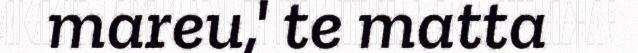
mareu,' te matta